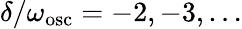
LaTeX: \delta/\omega_{\mathrm{osc}}=-2,-3,\ldots